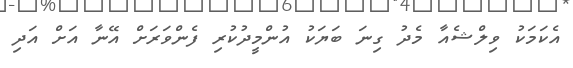
އެކަމަކު ވިލްޝެއާ މެދު ގިނަ ބަޔަކު އުންމީދުކުރި ފެންވަރަށް އޭނާ އަށް އަދި